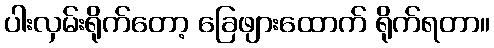
ပါးလှမ်းရိုက်တော့ ခြေဖျားထောက် ရိုက်ရတာ။